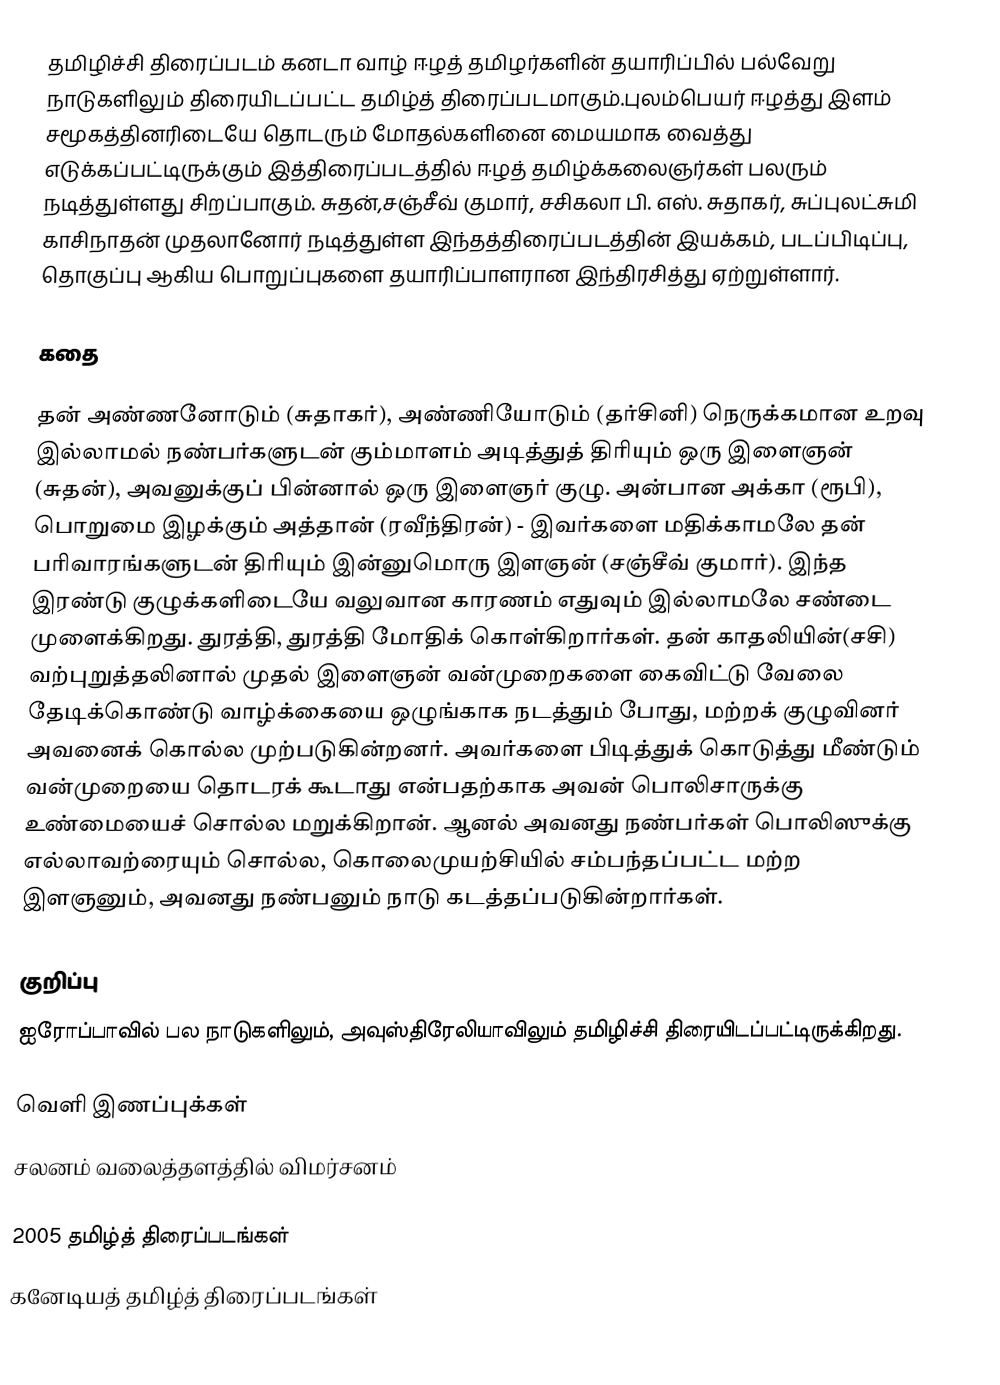
தமிழிச்சி திரைப்படம் கனடா வாழ் ஈழத் தமிழர்களின் தயாரிப்பில் பல்வேறு நாடுகளிலும் திரையிடப்பட்ட தமிழ்த் திரைப்படமாகும்.புலம்பெயர் ஈழத்து இளம் சமூகத்தினரிடையே தொடரும் மோதல்களினை மையமாக வைத்து எடுக்கப்பட்டிருக்கும் இத்திரைப்படத்தில் ஈழத் தமிழ்க்கலைஞர்கள் பலரும் நடித்துள்ளது சிறப்பாகும். சுதன்,சஞ்சீவ் குமார், சசிகலா பி. எஸ். சுதாகர், சுப்புலட்சுமி காசிநாதன் முதலானோர் நடித்துள்ள இந்தத்திரைப்படத்தின் இயக்கம், படப்பிடிப்பு, தொகுப்பு ஆகிய பொறுப்புகளை தயாரிப்பாளரான இந்திரசித்து ஏற்றுள்ளார்.

கதை

தன் அண்ணனோடும் (சுதாகர்), அண்ணியோடும் (தர்சினி) நெருக்கமான உறவு இல்லாமல் நண்பர்களுடன் கும்மாளம் அடித்துத் திரியும் ஒரு இளைஞன் (சுதன்), அவனுக்குப் பின்னால் ஒரு இளைஞர் குழு. அன்பான அக்கா (ரூபி), பொறுமை இழக்கும் அத்தான் (ரவீந்திரன்) - இவர்களை மதிக்காமலே தன் பரிவாரங்களுடன் திரியும் இன்னுமொரு இளஞன் (சஞ்சீவ் குமார்). இந்த இரண்டு குழுக்களிடையே வலுவான காரணம் எதுவும் இல்லாமலே சண்டை முளைக்கிறது. துரத்தி, துரத்தி  மோதிக் கொள்கிறார்கள். தன் காதலியின்(சசி) வற்புறுத்தலினால் முதல் இளைஞன் வன்முறைகளை  கைவிட்டு வேலை தேடிக்கொண்டு வாழ்க்கையை ஒழுங்காக நடத்தும் போது, மற்றக் குழுவினர் அவனைக் கொல்ல முற்படுகின்றனர். அவர்களை பிடித்துக் கொடுத்து மீண்டும் வன்முறையை தொடரக் கூடாது என்பதற்காக அவன் பொலிசாருக்கு உண்மையைச் சொல்ல மறுக்கிறான். ஆனல் அவனது நண்பர்கள் பொலிஸுக்கு எல்லாவற்ரையும் சொல்ல, கொலைமுயற்சியில் சம்பந்தப்பட்ட மற்ற இளஞனும், அவனது நண்பனும் நாடு கடத்தப்படுகின்றார்கள்.

குறிப்பு
ஐரோப்பாவில் பல நாடுகளிலும், அவுஸ்திரேலியாவிலும் தமிழிச்சி திரையிடப்பட்டிருக்கிறது.

வெளி இணப்புக்கள்
சலனம் வலைத்தளத்தில் விமர்சனம்

2005 தமிழ்த் திரைப்படங்கள்
கனேடியத் தமிழ்த் திரைப்படங்கள்